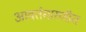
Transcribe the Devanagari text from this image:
आवर्तसारणीत